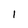
Character: l